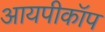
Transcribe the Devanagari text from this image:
आयपीकॉप